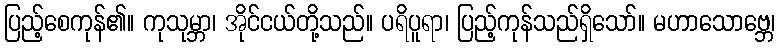
ပြည့်စေကုန်၏။ ကုသုမ္ဘာ၊ အိုင်ငယ်တို့သည်။ ပရိပူရာ၊ ပြည့်ကုန်သည်ရှိသော်။ မဟာသောဗ္ဘေ၊